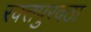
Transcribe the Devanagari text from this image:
रक्‍तपुरवठा